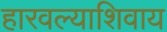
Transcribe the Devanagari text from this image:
हारवल्याशिवाय